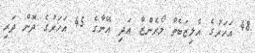
48 އަހަރުގެ އެލިޒަބެތް ލޯރެންޒް އަދި އޭނާގެ 45 އަހަރުގެ ދޮން ދަރި